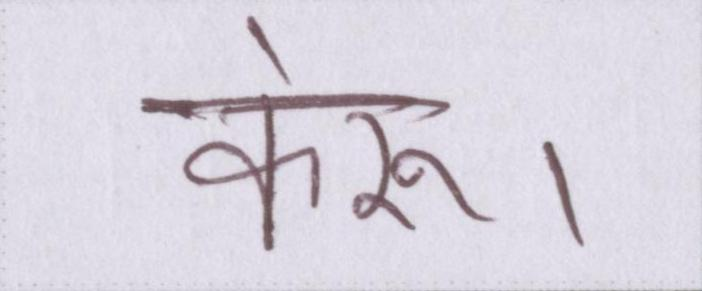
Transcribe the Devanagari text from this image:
करूं।